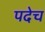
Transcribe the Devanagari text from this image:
पदेच